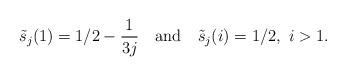
LaTeX: \begin{align*}\tilde{s}_j(1) = 1/2 - \frac{1}{3j} ~~\mbox{ and }~~ \tilde{s}_j(i) = 1/2,~ i > 1.\end{align*}